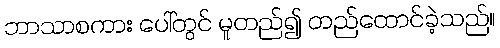
ဘာသာစကား ပေါ်တွင် မူတည်၍ တည်ထောင်ခဲ့သည်။